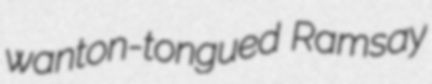
wanton-tongued Ramsay